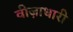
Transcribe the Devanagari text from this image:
वीज़ाधारी